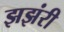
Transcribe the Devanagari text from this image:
झझंरी